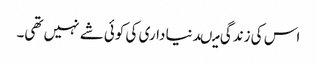
اس کی زندگی میںدنیا داری کی کوئی شے نہیں تھی۔